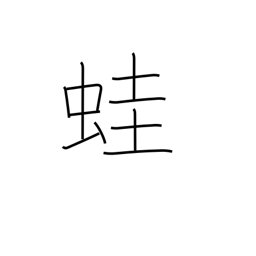
Meaning: frog